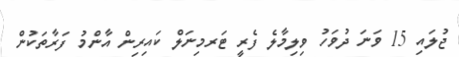
ޖުލައި 15 ވަނަ ދުވަހު ވިލިމާލެ ފެރީ ޓަރމިނަލް ކައިރިން އާންމު ފަރާތަކުން